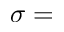
\sigma =